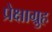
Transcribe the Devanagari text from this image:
प्रेक्षाग़्रुह